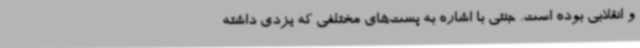
و انقلابی بوده است. جنتی با اشاره به پست‌های مختلفی که یزدی داشته